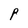
Character: P